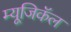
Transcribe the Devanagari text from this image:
म्यूजिकॅल